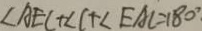
\angle A E C + \angle C + \angle E A C = 1 8 0 ^ { \circ }